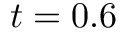
t = 0 . 6